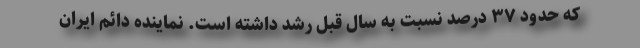
که حدود ۳۷ درصد نسبت به سال قبل رشد داشته است. نماینده دائم ایران